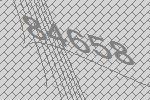
84658